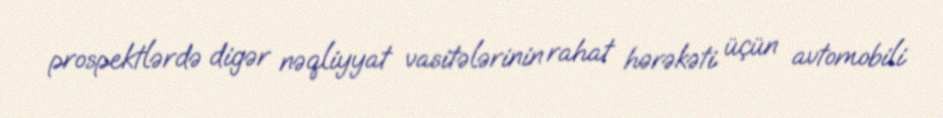
prospektlərdə digər nəqliyyat vasitələrinin rahat hərəkəti üçün avtomobili